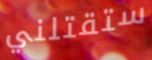
ستقتلني